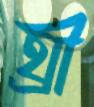
থ্রী